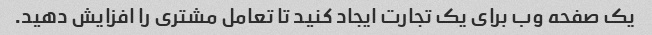
یک صفحه وب برای یک تجارت ایجاد کنید تا تعامل مشتری را افزایش دهید.